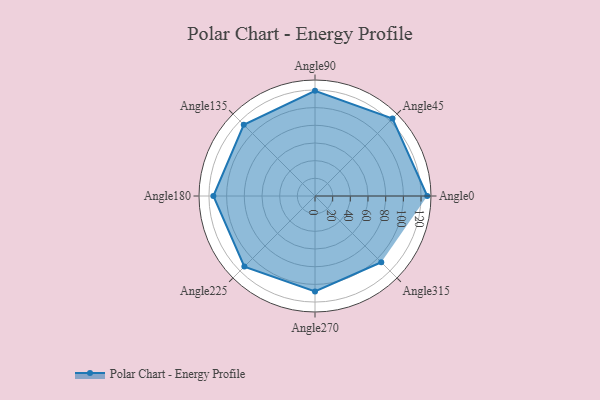
{"axis": {"x": "Angle", "y": "Radius"}, "legend": [""], "data": [{"x": "Angle0", "y": 127.0, "type": ""}, {"x": "Angle45", "y": 124.0, "type": ""}, {"x": "Angle90", "y": 119.0, "type": ""}, {"x": "Angle135", "y": 114.0, "type": ""}, {"x": "Angle180", "y": 115.0, "type": ""}, {"x": "Angle225", "y": 113.0, "type": ""}, {"x": "Angle270", "y": 108.0, "type": ""}, {"x": "Angle315", "y": 106.0, "type": ""}]}